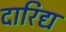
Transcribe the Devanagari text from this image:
दारिद्य